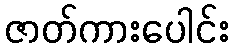
ဇာတ်ကားပေါင်း